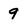
Character: 9